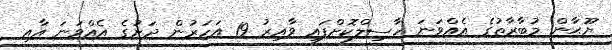
ޔޫޙާން މުބާރާތުގެ އެއްވަނަ ހާސިލްކޮށްފައި ވާއިރު 19 އަހަރުން ދަށުގެ އެއްވަނަ އާއި